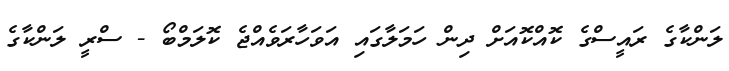
ލަންކާގެ ރައީސްގެ ކޮއްކޮއަށް ދިން ހަމަލާގައި އަވަހާރަވެއްޖެ ކޮލަމްބޯ - ސްރީ ލަންކާގެ